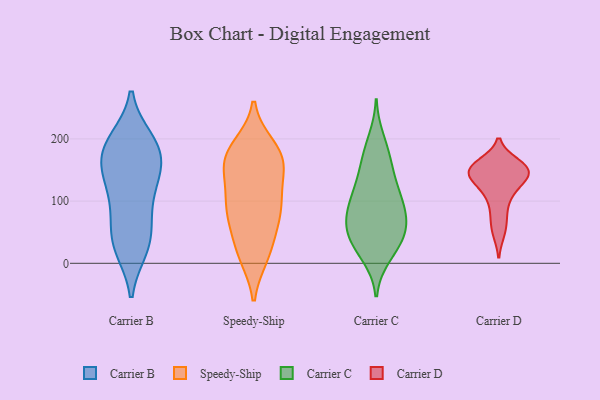
{"axis": {"x": "Demand Index", "y": "Value"}, "legend": ["Carrier B", "Carrier C", "Carrier D", "Speedy-Ship"], "data": [{"x": "", "y": 24, "type": "Carrier B"}, {"x": "", "y": 125, "type": "Carrier B"}, {"x": "", "y": 164, "type": "Carrier B"}, {"x": "", "y": 151, "type": "Carrier B"}, {"x": "", "y": 79, "type": "Carrier B"}, {"x": "", "y": 31, "type": "Carrier B"}, {"x": "", "y": 81, "type": "Carrier B"}, {"x": "", "y": 198, "type": "Carrier B"}, {"x": "", "y": 46, "type": "Carrier B"}, {"x": "", "y": 166, "type": "Carrier B"}, {"x": "", "y": 193, "type": "Carrier B"}, {"x": "", "y": 192, "type": "Carrier B"}, {"x": "", "y": 144, "type": "Carrier B"}, {"x": "", "y": 119, "type": "Carrier B"}, {"x": "", "y": 189, "type": "Carrier B"}, {"x": "", "y": 25, "type": "Carrier B"}, {"x": "", "y": 188, "type": "Speedy-Ship"}, {"x": "", "y": 151, "type": "Speedy-Ship"}, {"x": "", "y": 158, "type": "Speedy-Ship"}, {"x": "", "y": 60, "type": "Speedy-Ship"}, {"x": "", "y": 86, "type": "Speedy-Ship"}, {"x": "", "y": 16, "type": "Speedy-Ship"}, {"x": "", "y": 166, "type": "Speedy-Ship"}, {"x": "", "y": 165, "type": "Speedy-Ship"}, {"x": "", "y": 16, "type": "Speedy-Ship"}, {"x": "", "y": 98, "type": "Speedy-Ship"}, {"x": "", "y": 107, "type": "Speedy-Ship"}, {"x": "", "y": 141, "type": "Speedy-Ship"}, {"x": "", "y": 93, "type": "Speedy-Ship"}, {"x": "", "y": 55, "type": "Speedy-Ship"}, {"x": "", "y": 86, "type": "Speedy-Ship"}, {"x": "", "y": 185, "type": "Speedy-Ship"}, {"x": "", "y": 178, "type": "Speedy-Ship"}, {"x": "", "y": 12, "type": "Speedy-Ship"}, {"x": "", "y": 148, "type": "Carrier C"}, {"x": "", "y": 108, "type": "Carrier C"}, {"x": "", "y": 47, "type": "Carrier C"}, {"x": "", "y": 51, "type": "Carrier C"}, {"x": "", "y": 27, "type": "Carrier C"}, {"x": "", "y": 50, "type": "Carrier C"}, {"x": "", "y": 94, "type": "Carrier C"}, {"x": "", "y": 52, "type": "Carrier C"}, {"x": "", "y": 133, "type": "Carrier C"}, {"x": "", "y": 15, "type": "Carrier C"}, {"x": "", "y": 73, "type": "Carrier C"}, {"x": "", "y": 11, "type": "Carrier C"}, {"x": "", "y": 173, "type": "Carrier C"}, {"x": "", "y": 200, "type": "Carrier C"}, {"x": "", "y": 51, "type": "Carrier C"}, {"x": "", "y": 83, "type": "Carrier C"}, {"x": "", "y": 127, "type": "Carrier C"}, {"x": "", "y": 91, "type": "Carrier C"}, {"x": "", "y": 96, "type": "Carrier C"}, {"x": "", "y": 175, "type": "Carrier C"}, {"x": "", "y": 139, "type": "Carrier D"}, {"x": "", "y": 104, "type": "Carrier D"}, {"x": "", "y": 160, "type": "Carrier D"}, {"x": "", "y": 135, "type": "Carrier D"}, {"x": "", "y": 155, "type": "Carrier D"}, {"x": "", "y": 75, "type": "Carrier D"}, {"x": "", "y": 150, "type": "Carrier D"}, {"x": "", "y": 120, "type": "Carrier D"}, {"x": "", "y": 50, "type": "Carrier D"}, {"x": "", "y": 150, "type": "Carrier D"}, {"x": "", "y": 150, "type": "Carrier D"}]}